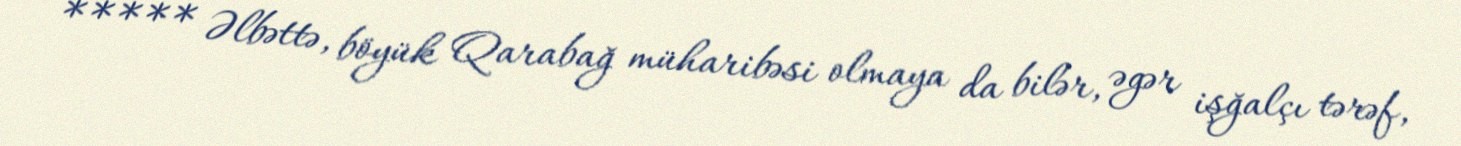
***** Əlbəttə, böyük Qarabağ müharibəsi olmaya da bilər, əgər işğalçı tərəf,